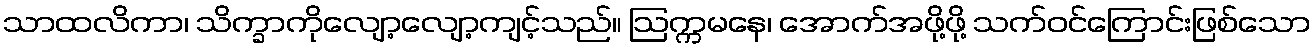
သာထလိကာ၊ သိက္ခာကိုလျော့လျော့ကျင့်သည်။ ဩက္ကမနေ၊ အောက်အဖို့ဖို့ သက်ဝင်ကြောင်းဖြစ်သော